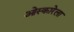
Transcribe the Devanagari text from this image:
ओस्कारेला